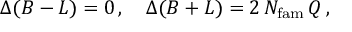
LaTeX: \Delta ( B - L ) = 0 \, , \quad \Delta ( B + L ) = 2 \, N _ { \mathrm { f a m } } \, Q \, ,